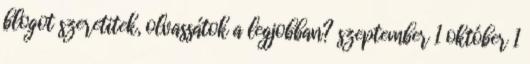
blogot szeretitek, olvassátok a legjobban? szeptember 1 október 1